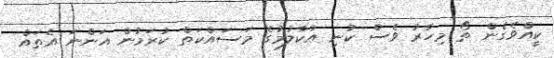
ކީއްވެގެން ތޯ މިހާރު ވެސް ކުނި އުކާލުމުގެ މަސައްކަތް ކުރަމުން އަންނަ އެތައް